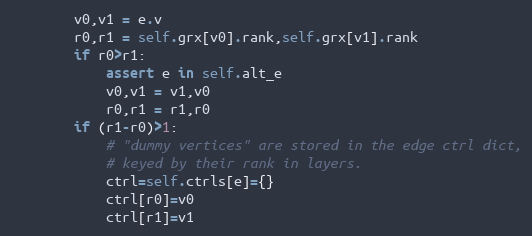
Language: Python
        v0,v1 = e.v
        r0,r1 = self.grx[v0].rank,self.grx[v1].rank
        if r0>r1:
            assert e in self.alt_e
            v0,v1 = v1,v0
            r0,r1 = r1,r0
        if (r1-r0)>1:
            # "dummy vertices" are stored in the edge ctrl dict,
            # keyed by their rank in layers.
            ctrl=self.ctrls[e]={}
            ctrl[r0]=v0
            ctrl[r1]=v1